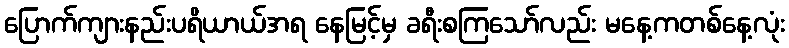
ပြောက်ကျားနည်းပရိယာယ်အရ နေမြင့်မှ ခရီးစကြသော်လည်း မနေ့ကတစ်နေ့လုံး